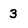
Character: 3